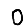
Digit: 0